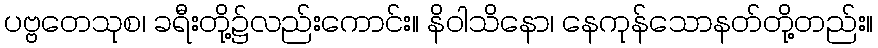
ပဗ္ဗတေသုစ၊ ခရီးတို့၌လည်းကောင်း။ နိဝါသိနော၊ နေကုန်သောနတ်တို့တည်း။